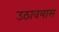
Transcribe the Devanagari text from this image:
उठावयास